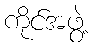
ကိုင်အဖွဲ့